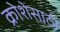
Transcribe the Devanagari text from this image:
क्रोशेसाठी